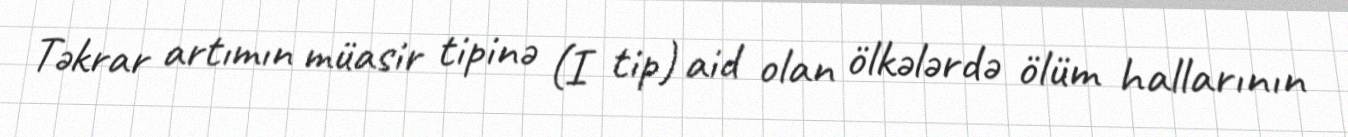
Təkrar artımın müasir tipinə (I tip) aid olan ölkələrdə ölüm hallarının